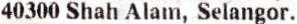
40300 SHAH ALAM, SELANGOR.